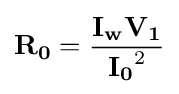
\mathbf {R_{0}} ={\frac {\mathbf {I_{w}} \mathbf {V_{1}} }{\mathbf {I_{0}} ^{2}}}